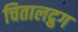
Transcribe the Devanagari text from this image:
चितालद्रुग